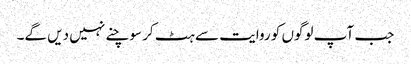
جب آپ لوگوں کو روایت سے ہٹ کر سوچنے نہیں دیں گے۔